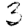
Digit: 3